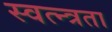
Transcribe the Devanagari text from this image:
स्वत्न्त्रता